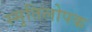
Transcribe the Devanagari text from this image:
स्मृतिलोपक